Plague in India, 1896, 1897 - Volume 1
Year: 1896
Disease focus: Plague
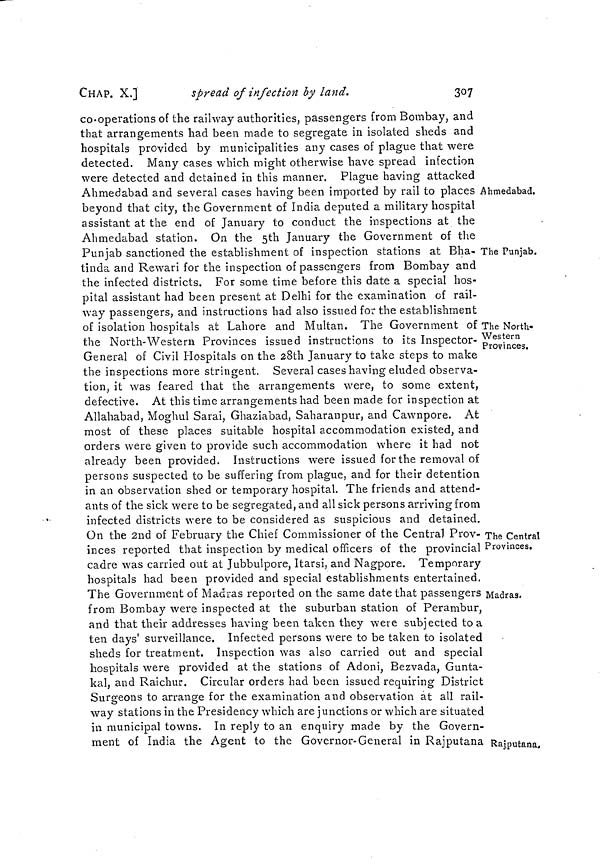
CHAP. X.]
spread of infection by land.
307
Ahmedabad.
The Punjab.
The North-
Western
Provinces.
The Central
Provinces.
Madras.
Rajputana.
co-operations of the railway authorities, passengers from Bombay, and
that arrangements had been made to segregate in isolated sheds and
hospitals provided by municipalities any cases of plague that were
detected. Many cases which might otherwise have spread infection
were detected and detained in this manner. Plague having attacked
Ahmedabad and several cases having been imported by rail to places
beyond that city, the Government of India deputed a military hospital
assistant at the end of January to conduct the inspections at the
Ahmedabad station. On the 5th January the Government of the
Punjab sanctioned the establishment of inspection stations at Bha-
tinda and Rewari for the inspection of passengers from Bombay and
the infected districts. For some time before this date a special hos-
pital assistant had been present at Delhi for the examination of rail-
way passengers, and instructions had also issued for the establishment
of isolation hospitals at Lahore and Multan. The Government of
the North-Western Provinces issued instructions to its Inspector-
General of Civil Hospitals on the 28th January to take steps to make
the inspections more stringent. Several cases having eluded observa-
tion, it was feared that the arrangements were, to some extent,
defective. At this time arrangements had been made for inspection at
Allahabad, Moghul Sarai, Ghaziabad, Saharanpur, and Cawnpore. At
most of these places suitable hospital accommodation existed, and
orders were given to provide such accommodation where it had not
already been provided. Instructions were issued for the removal of
persons suspected to be suffering from plague, and for their detention
in an observation shed or temporary hospital. The friends and attend-
ants of the sick were to be segregated, and all sick persons arriving from
infected districts were to be considered as suspicious and detained.
On the 2nd of February the Chief Commissioner of the Central Prov-
inces reported that inspection by medical officers of the provincial
cadre was carried out at Jubbulpore, Itarsi, and Nagpore. Temporary
hospitals had been provided and special establishments entertained.
The Government of Madras reported on the same date that passengers
from Bombay were inspected at the suburban station of Perambur,
and that their addresses having been taken they were subjected to a
ten days' surveillance. Infected persons were to be taken to isolated
sheds for treatment. Inspection was also carried out and special
hospitals were provided at the stations of Adoni, Bezvada, Gunta-
kal, and Raichur. Circular orders had been issued requiring District
Surgeons to arrange for the examination and observation at all rail-
way stations in the Presidency which are junctions or which are situated
in municipal towns. In reply to an enquiry made by the Govern-
ment of India the Agent to the Governor-General in Rajputana